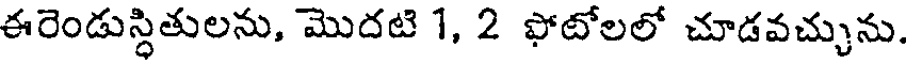
ఈరెండుస్థితులను, మొదటి 1, 2 ఫోటోలలో చూడవచ్చును.